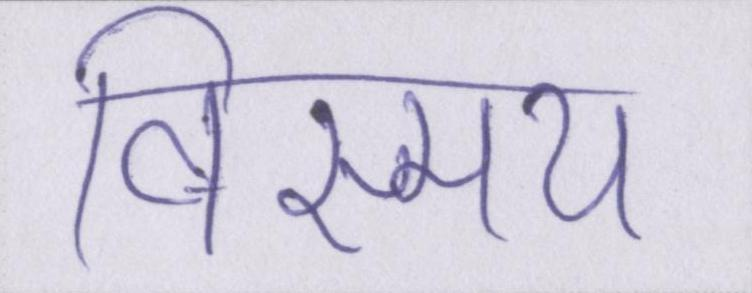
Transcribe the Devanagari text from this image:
विस्मय